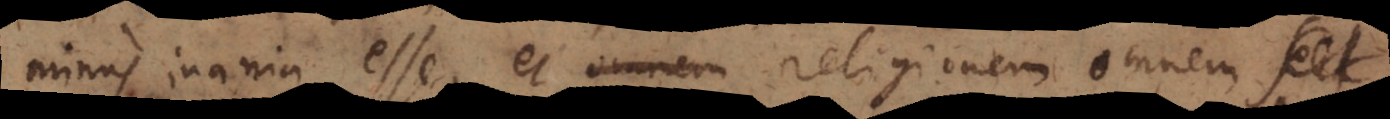
minus inania esse, et religionem omnem, et